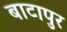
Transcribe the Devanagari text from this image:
बाटापुर